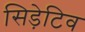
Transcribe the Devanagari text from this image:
सिड़ेटिव